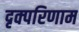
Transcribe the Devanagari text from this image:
दृक्परिणाम